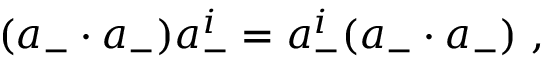
( a _ { - } \cdot a _ { - } ) a _ { - } ^ { i } = a _ { - } ^ { i } ( a _ { - } \cdot a _ { - } ) \ ,